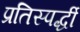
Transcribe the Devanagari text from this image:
प्रतिस्‍पर्द्धी